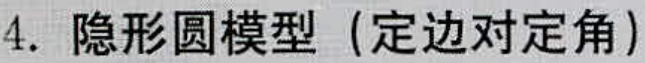
4. 隐形圆模型（定边对定角）